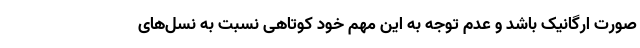
صورت ارگانیک باشد و عدم توجه به این مهم خود کوتاهی نسبت به نسل‌های